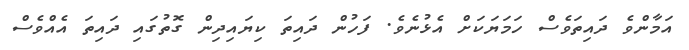
އަމާންވެ ދައިތަވެސް ހަމަޔަކަށް އެޅުނެވެ. ފަހުން ދައިތަ ކިޔައިދިން ގޮތުގައި ދައިތަ އެއްވެސް